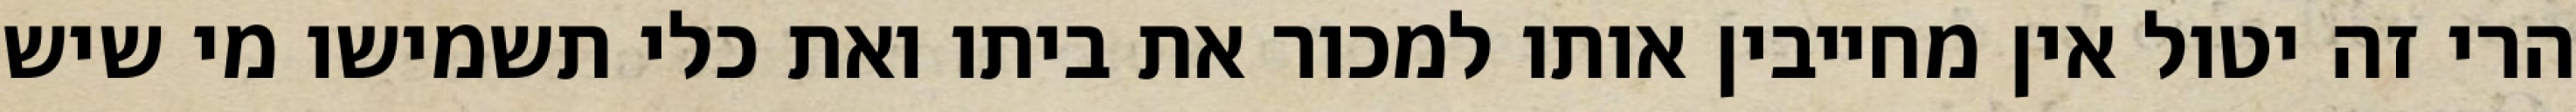
הרי זה יטול אין מחייבין אותו למכור את ביתו ואת כלי תשמישו מי שיש